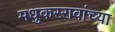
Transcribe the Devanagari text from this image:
मधुकररावांच्या